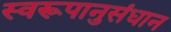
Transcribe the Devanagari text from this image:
स्वरूपानुसंधान